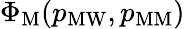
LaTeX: \Phi_{\mathrm{M}}(p_{\mathrm{MW}},p_{\mathrm{MM}})